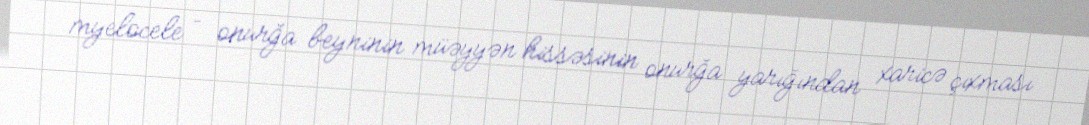
myelocele – onurğa beyninin müəyyən hissəsinin onurğa yarığından xaricə çıxması